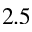
2 . 5